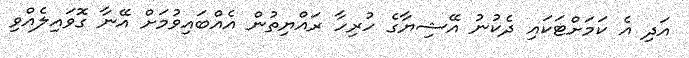
އަދި އެ ކަމަށްޓަކައި ދެކުނު އޭޝިޔާގެ ހުރިހާ ރައްޔިތުން އެއްބައިވުމަށް އޭނާ ގޮވައިލެއްވި